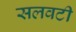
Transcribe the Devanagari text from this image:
सलवटी